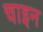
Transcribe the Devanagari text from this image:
चाइन